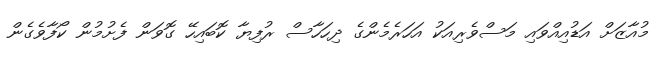
މުއާޒަށް އަޑުއިއްވައި މަސްވެރިއަކު އަހަރެމެންގެ ދިހަހާސް ރުފިޔާ ކޮބައިހޭ ގޮވަން ފެށުމުން ކޯފާވެގެން